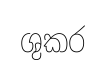
ශුකර